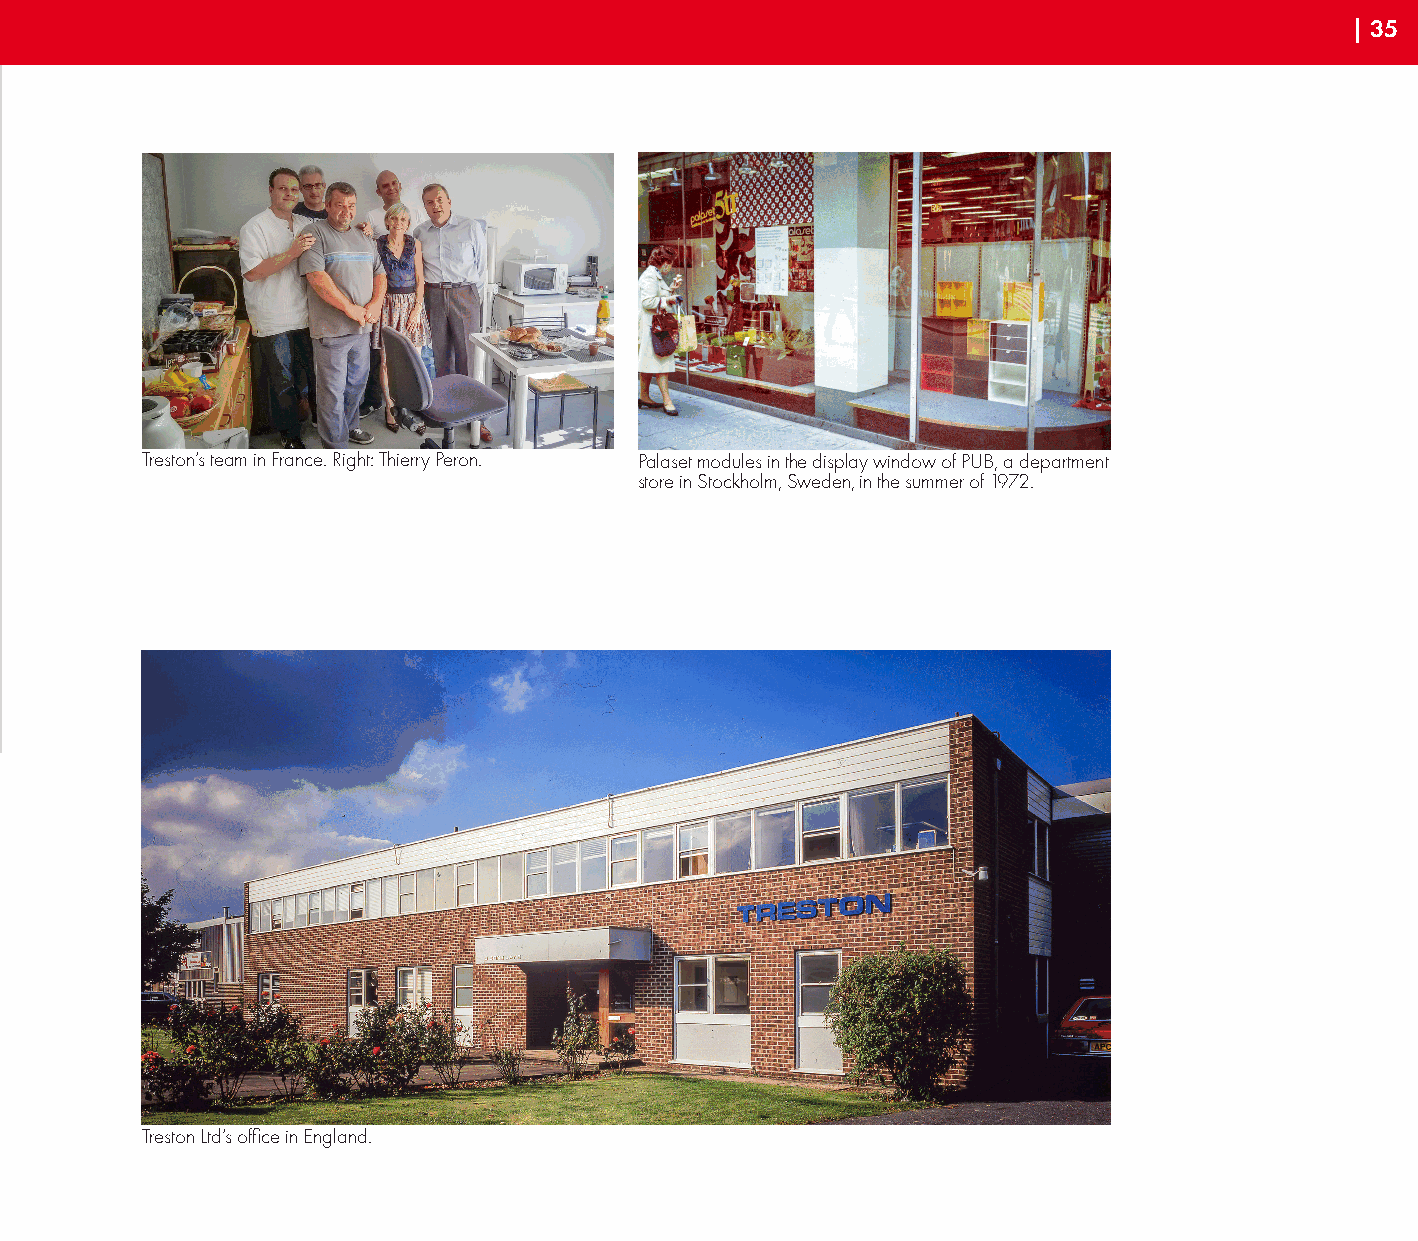
| 35
 Treston’s team in France. Right: Thierry Peron. Palaset modules in the display window of PUB, a department
 store in Stockholm, Sweden, in the summer of 1972.
 Treston Ltd’s office in England.